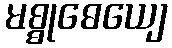
မစ္စုဓေယျေ